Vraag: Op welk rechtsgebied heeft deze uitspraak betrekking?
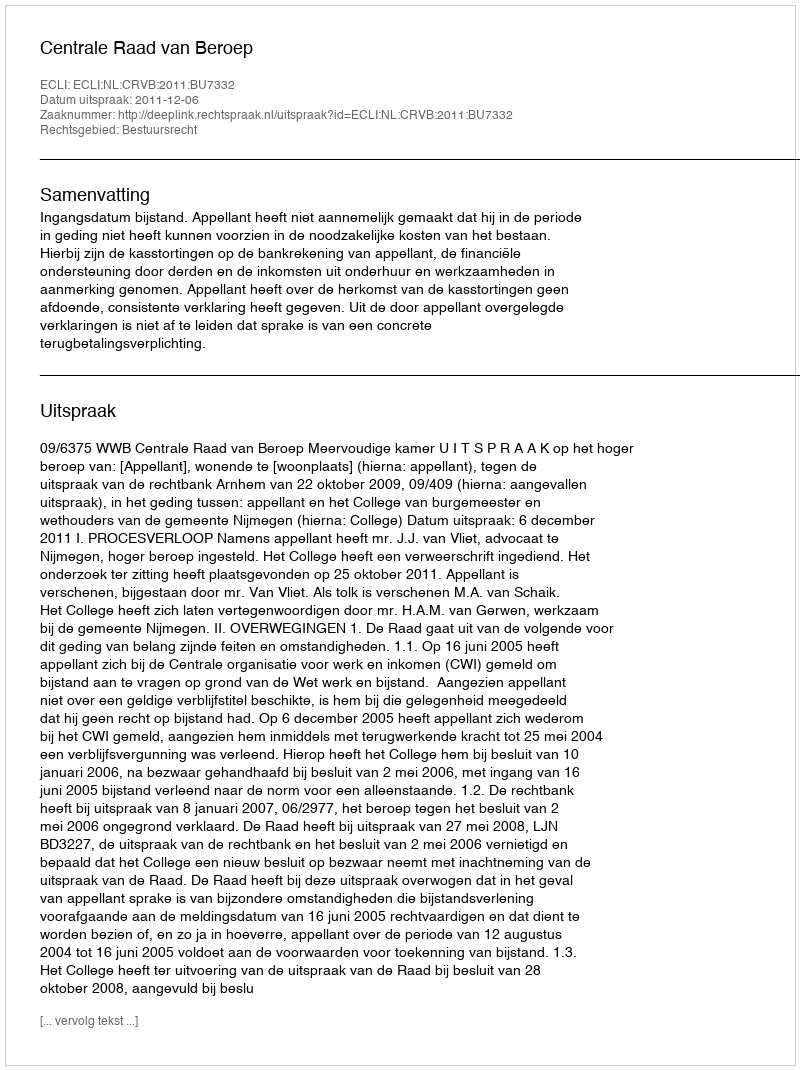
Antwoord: Bestuursrecht